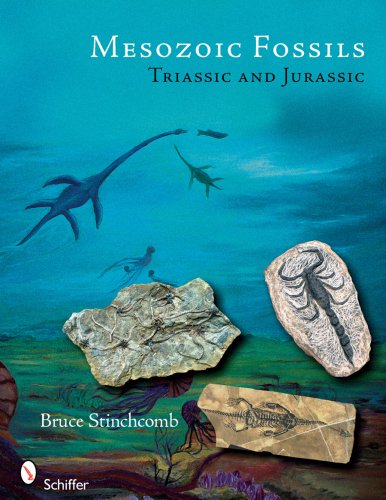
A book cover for Mesozoic Fossils I: Triassic & Jurassic Periods; Bruce L. Stinchcomb; Sports & Outdoors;